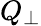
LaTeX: Q_{\perp}